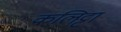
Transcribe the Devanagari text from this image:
कलिट्टा